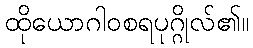
ထိုယောဂါဝစရပုဂ္ဂိုလ်၏။